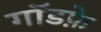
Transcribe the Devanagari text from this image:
गॉडफ़े